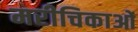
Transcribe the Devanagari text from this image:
मरीचिकाओं